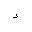
Letter: _dal